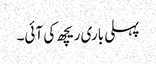
پہلی باری ریچھ کی آئی۔